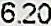
6.20